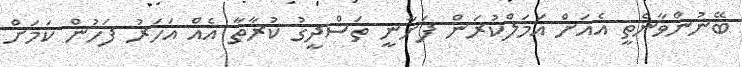
ބޭނުންވާނެތީ އެއަށް އަމަލްކުރަން ފަށާނީ ތަސްދީގު ކުރާތާ އެއް އަހަރު ފަހުން ކަމަށް